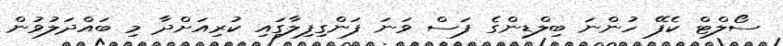
ސޯލްޓް ކެފޭ ހުންނަ ބިލްޑިންގެ ފަސް ވަނަ ފަންގިފިލާގައި ކުރިއަށްދާ މި ބައްދަލުވުން